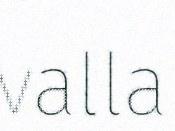
valla